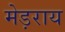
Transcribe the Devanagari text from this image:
मेड़राय